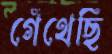
গেঁথেছি